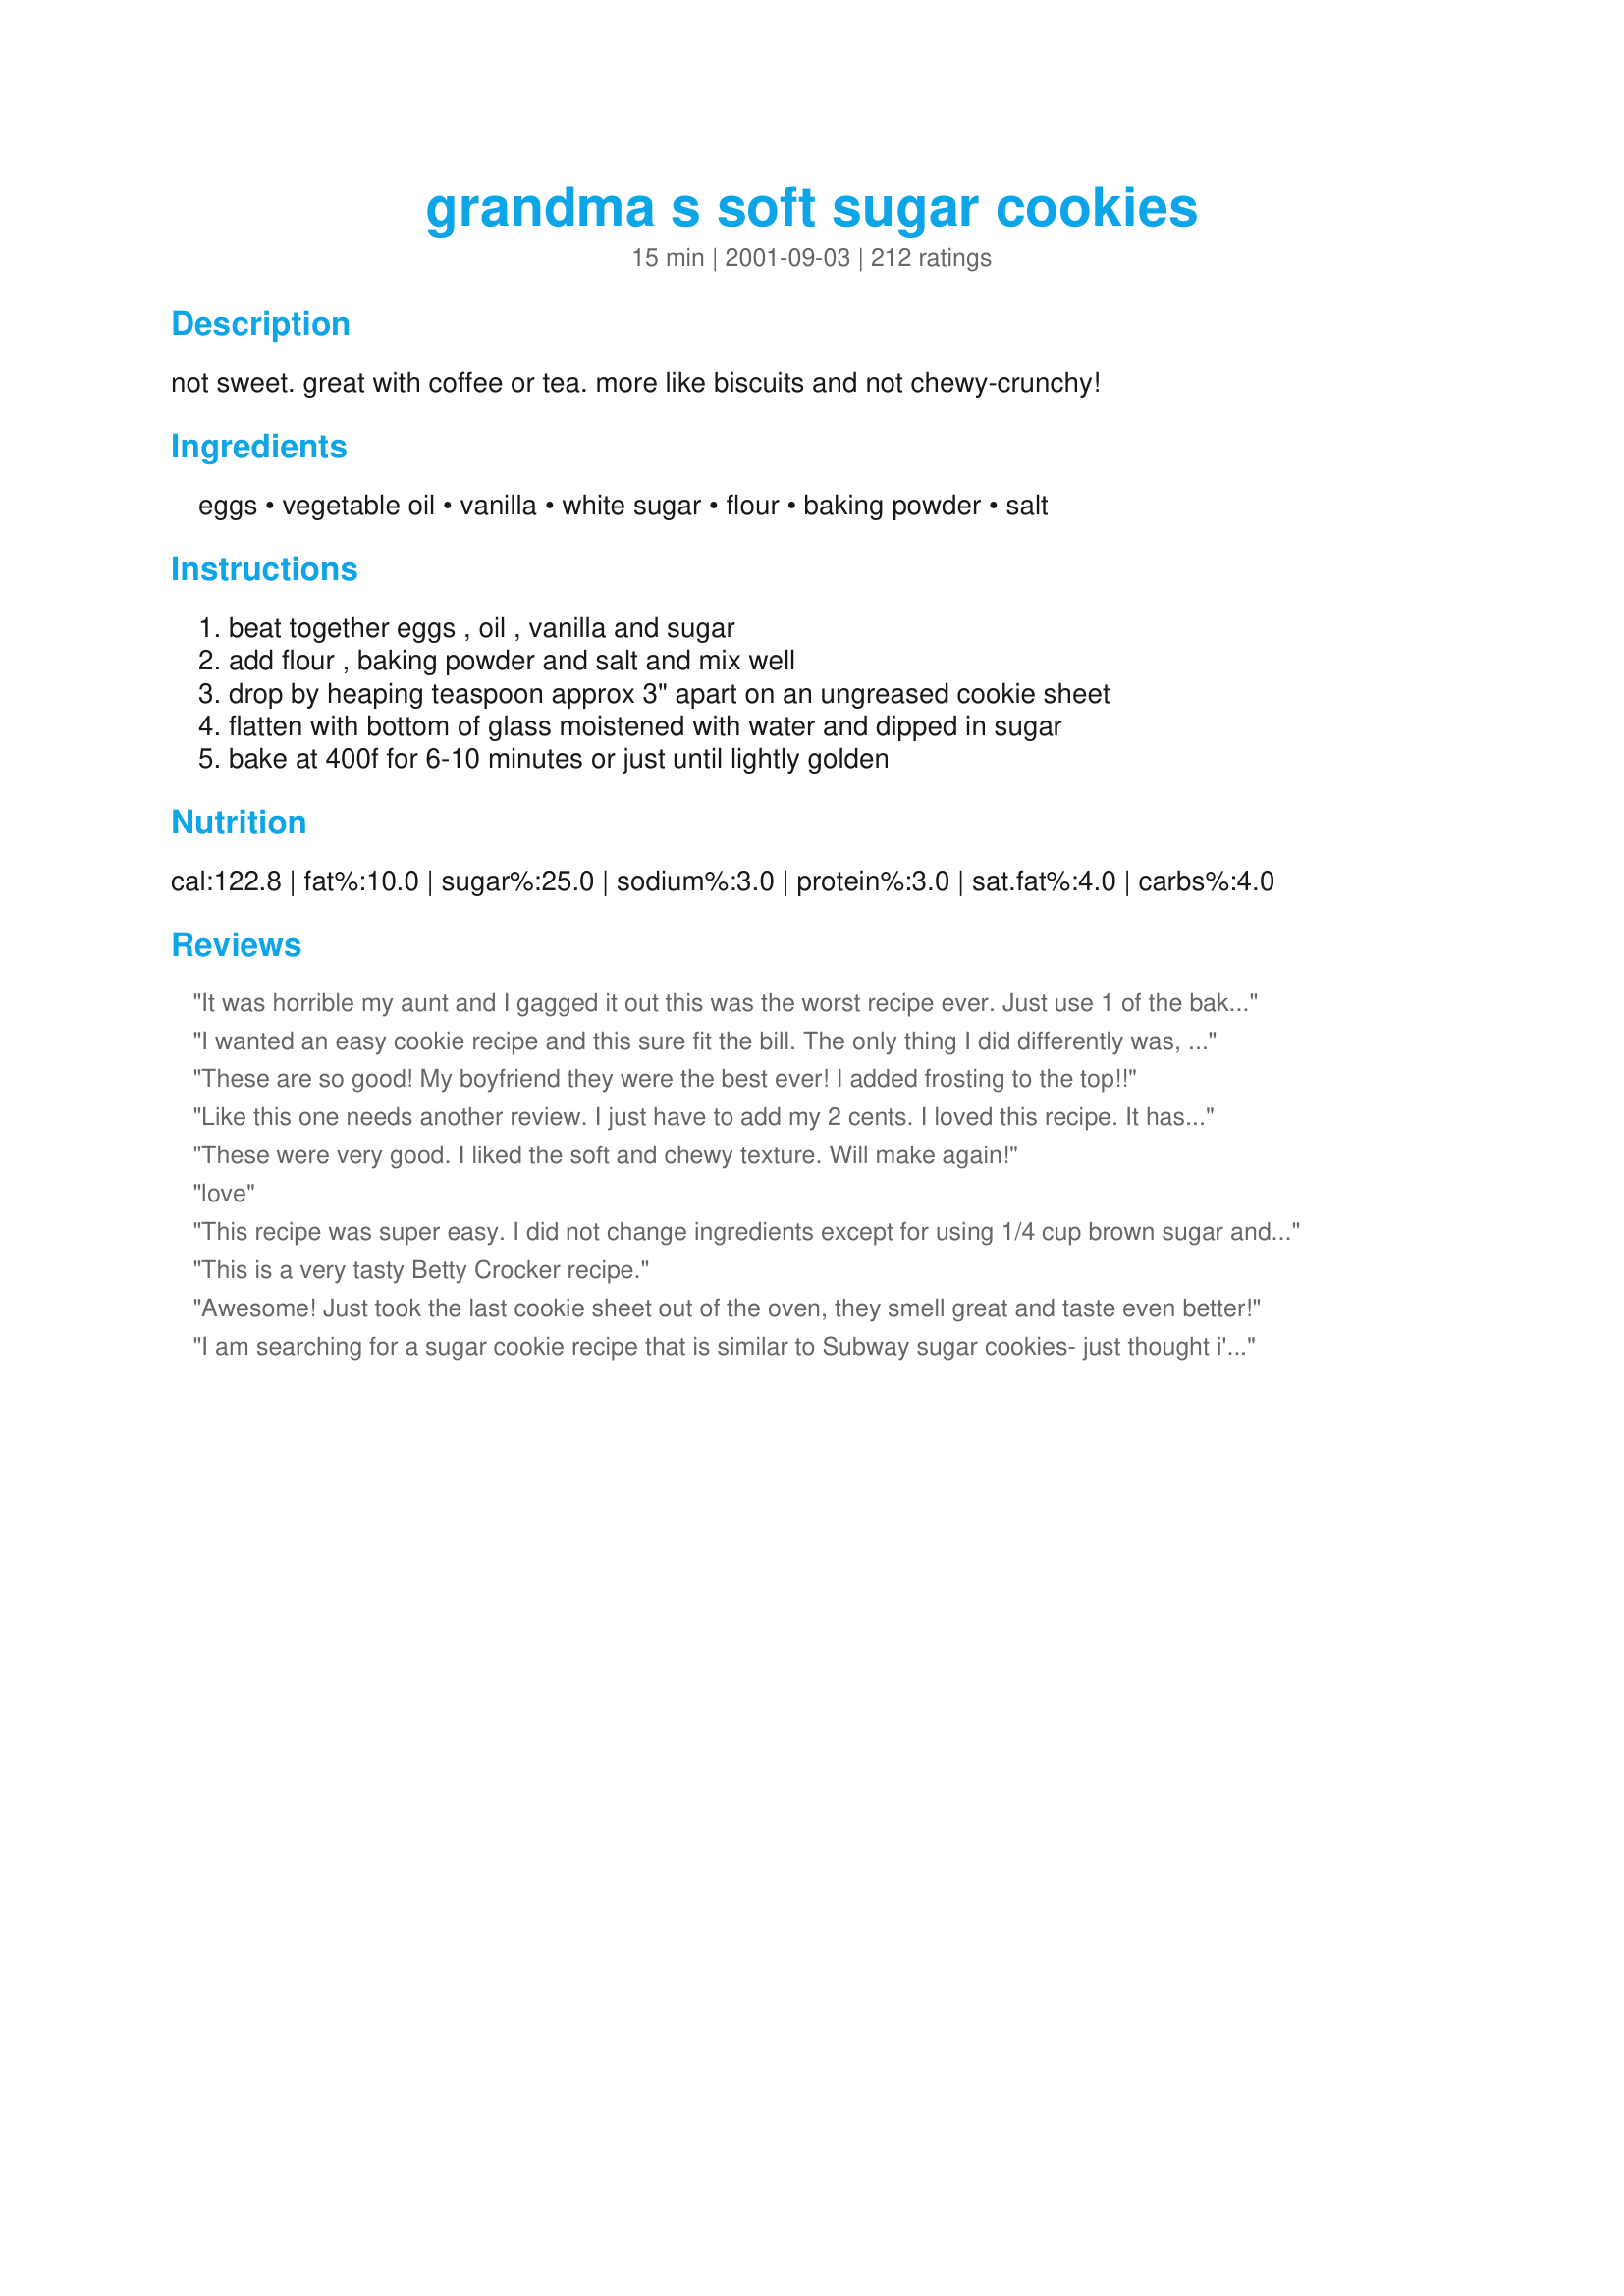
grandma s soft sugar cookies
Preparation time: 15 minutes

not sweet. great with coffee or tea. more like biscuits and not chewy-crunchy!

Ingredients:
eggs, vegetable oil, vanilla, white sugar, flour, baking powder, salt

Steps:
beat together eggs , oil , vanilla and sugar, add flour , baking powder and salt and mix well, drop by heaping teaspoon approx 3" apart on an ungreased cookie sheet, flatten with bottom of glass moistened with water and dipped in sugar, bake at 400f for 6-10 minutes or just until lightly golden

Reviews:
It was horrible my aunt and I gagged it out this was the worst recipe ever. Just use 1 of the baking soda because you could taste it. It was soft but not sweet
I wanted an easy cookie recipe and this sure fit the bill. The only thing I did differently was, that I used a tablespoon of lemon extract and the greatings of 2 lemons. The cookies came out perfect and the taste was spectacular. Thanks for sharing.
These are so good! My boyfriend they were the best ever! I added frosting to the top!!
Like this one needs another review. I just have to add my 2 cents. I loved this recipe. It has an incredible taste and is just perfect for sugar cookies. Will make them over and over again.
These were very good. I liked the soft and chewy texture. Will make again!
love
This recipe was super easy. I did not change ingredients except for using 1/4 cup brown sugar and 1/2 cup white sugar. I do have a specific order that I add ingredients and feel it helps dough blend easier. I whisked eggs with vanilla, then added sugars, whisked, and last the oil and whisked. To that I added one cup of flour, the salt and one teaspoon of baking powder and combined mix with wooden spoon. Next, I added the last of the flour and baking powder and combined. I took rounded teaspoonfuls made a ball and flattened in palm of hand, then dipped one side in white sugar before putting on parchment paper on cookie sheet. Baked six minutes in gas oven. Turned out awesome!
This is a very tasty Betty Crocker recipe.
Awesome! Just took the last cookie sheet out of the oven, they smell great and taste even better!
I am searching for a sugar cookie recipe that is similar to Subway sugar cookies- just thought i'd let everyone know that this is not the one! I don't think it's a recipe for college students... not sweet enough.
This. Was. AMAZING!!!!
Terrible recipe! Usually I like to try new things but this was jsut terrible. The batter was too oily and i had to add milk and some more flour. They also didn't taste very good
Love this recipe! My 12 year old daughter makes them several times a month.
These were good, but i think they would be better without the salt. And maybe some icing sugar in with the flour. I did omit the oil and used butter instead so that might be it. Edited to add that they were so yummy the second day and my picky husband gobbled them up and asked for more.
These were good, exactly what I expected really. Not too sweet. I added some lemon zest and juice for a little flavor and frosted them. They are really soft!
I also used 1 cup of sugar but kept the flour at 2 cups. Instead of oil I used 1/3 cup of butter, and 1/3 cup of shortening. Very good cookies, will definitely make these again!
I love this recipe! I have made it a couple times and it has turned out great each time. I did increase the vanilla to 1 tablespoon and sugar to 1 full cup. I used a 2&quot; ice cream scoop to scoop the dough onto parchment paper for baking so naturally I only got about a dozen cookies out of the recipe. They stay soft which I love, and I invited over my nephew and niece to have a bit of fun icing with buttercream and sprinkles.
I recommend that you just use butter. It works and tastes much much better,
well im 13 years old i love to bake and in cooking i have never had the batter come out so thik so i was a little worried but Oh my they were soo fluffy i couldnt believe it i have never had sugar cookies come out so soft and fluffy VERRY GOOD!! I RECOMEND THIS RECIPE!!! :( :) (:
We love these cookies. I was nervous about them not being sweet enough so I used a whole cup of sugar instead of 3/4. I think they were just right, but I&#039;d probably go back down to 3/4 if I was going to frost them. We used (on top) the colored sugar that you can buy at the store with the cake decorating supplies and my daughters really like that. We made this to go with the &quot;Peach Soda Ice Cream&quot; (Recipe #484740).
Recipe was was was easy to put together. : ) The are definitely more soft and cake-y. If you're looking for fluffy and crumbly, this recipe is not for you.

Anyhoo, the downsides of the recipe is that is needed more sugar and vanilla. If you don't add in more, they're rather bland.

HOWEVER, I spread icing on the bland ones and sprinkled red and green sprinkles on them. Tasted waaay better.
I made this with my niece earlier today and the results came out fantastically. She loved how soft they were and I especially liked how it wasn&#039;t too overwhelmingly sweet yet it had the right sweetness to it. The only thing we didn&#039;t add was the sugar topping. I&#039;m not a fan of sugar toppings so I excluded that. The results were nevertheless, WONDERFUL! I will definitely bookmark this recipe and make them in free time!!! It really is soft and crunchy at the base. These cookies are the ones you would want on your counter so you can just pop em in your mouth and you&#039;re craving some sweets!
These cookies were great! I upped the recipe to 3 dozen and didnt dieviate. These were fluffy and soft. Not chewy like most soft cookies. Also I liked that they werent super sweet. And the sugar on top was enough to keep my kids coming back to steal treats all day long.
Very yummy and easy to make. It did not even last two days.
Just made a batch of these and they are awesome. It's the same recipe that my Grandma uses! We made them with all the kids at our last family get together. They don't last long!
This is by far the worst cookie recipe I ever made. It tastes horrible!
I took Johanna2's tip and increased the vanilla and sugar. The cookies were great considering they were made with oil! Sooooo Easy! Whew! Fixed my cookie craving :-)
No offense, but I'm not sure why anyone would do this recipe more than once. The dough is grossly sticky. So sticky that more ends up on your hands than on the baking sheet. It was like glue to even get it off my hands. Don't use this recipe if you have any intention of making design cookies with cookie cutters. I haven't tried them yet for taste, but judging on how gross the dough was I can't imagine this will be a favorite of mine.
To be honest these cookies were bad I added a bit more sugar and vanilla. I new it was going to come out bad because I followed the exact steps and the dough was sticky and was sticking to my hands so I added a bit more flour. When I took them out they were not soft at all, and were flavorless, even tho I added more sugar and vanilla. Sorry to stay I was looking for the perfect recepe but this one was a thumbs down for me!!
Very easy and yummy! Kids loved them.
Me and my nieces really enjoyed these. They weren't too sweet.. just right! Soft and yummy. Although they are best to be eaten within 2 hours, because they get hard quickly and aren't as good. I also didn't get to put vanilla in mine as I was out due to the holidays.
I think 'sugar cookie' is missleading and I mean it in a good way. Not everything has to be sickeningly sweet and cavity-inducing... it's a nice crunchy cookie with a slightly salty taste. If you like salted caramel, for example, this cookie is for you. Especially if you want to put on royal icing without coming dangerously close to cavity inducing again. I have a hard time with regular sugar cookies that have been iced, they're just too sweet. You won't have that problem with these. No, the dough will not make nice cut-out cookies (please read the description and don't give bad reviews on something you changed about it...), but with a tiny bit of effort they can be nice and round. Or, if you are lactose intolerant like me and really just want a cookie RIGHT NOW just plop them on an squish ?? they taste good even with frayed edges. The dough won't stick to your hands, if you don't use your hands (read. Again, just... read. Would you please?) and they won't stick to the bottom of the glass if you dip it in water before every cookie. I will make this recipe again, might try out different flavors or add some almond pieces. I highly recommend this recipe. Try it exactly as described the first time and experiment from there, it's very versatile!
These were great and so easy to make! I didn't have vanilla so I just left it out- i forgot to add the salt too (prob for the best). They were so perfect! i love sweet things with coffee after dinner and this was a perfect pairing. Thanks Cheryl!
Excellent recipe! I added 1/4 tsp nutmeg and wow, they were delicious! Easy, economical, and darn tasty! Perfect with tea.
Dough was super sticky, my 7yr old son couldn't really manage to get them on to the pan right. They were okay, possibly better frosted. They seem very dry to me, somewhat bland.
this recipe was awesome my family loved them and my grandmother asked for the recipe!! they are great!!!!
The BEST sugar cookie recipe!
I was looking for a simple quick cookie recipe and this is it. I didn&#039;t change the recipe up at all. Thanks
These are fantastic. Soft and not too sweet. The whole family will enjoy these. I added some lemon extract in one batch and vanilla in the other. Both taste great.
We loved them. Thanks!!
YUM!! YUM!! YUM!! These were perfect!! I also followed Johanna2 advice and used 1 cup of sugar and 1 TB vanilla! They were wonderful! My kids and husband gobbled them all up the same night!! 
Thanks for recipe!!
I never knew weirdness was a flavor, but now I do!
These are great! I increased sugar to 1 cup and rolled in balls then in sugar and cinnamon. VERY SOFT! I cooked at 375 degress for 8-9 minutes.
The cookies turned out yummy, but they were a bit flat and ugly. My family loves them though!
I decided to do half butter and half oil. I also went for the full cup of sugar, and added another teaspoon of vanilla. They turned out great. I noticed I need to let the cookie sheet cool down before cooking second batch. Made two whole baking sheets full. My child is thrilled.
Delicious! Just made these tonight and I will definitely be making them again. The batter was slightly elastic which surprised me a bit but they turned out great! I was kind of nervous putting them on the tray because I&#039;ve never had cookie batter look like that before (I&#039;ve never used oil as a base for cookies either). Easiest cookies I&#039;ve ever made and pressing them with the glass turned out really well. &lt;br/&gt;I did substitute 2 tsp lemon juice for the vanilla called for (I live overseas and can only find the artificial vanilla flavoring, which I hate) and added a bit of cinnamon to the mix, and it was delicious. Personally loved the taste of the lemon in the cookie but would like to try with the vanilla when I get back to the States. My boyfriend doesn&#039;t really care for cakes and cookies and he loved these as well. They&#039;re not overly sweet, which I really liked about them. Great with tea or as a base for a frosting. Came out exactly as described, thick, soft, and fluffy. Couldn&#039;t believe it as I have an unfortunate tendency to overcook baked goods- my cookies are always hard but these stayed so soft. Will definitely be making these more regularly as they are so easy and tasty. &lt;br/&gt;My batch made 18 3-4&quot; round cookies.
This is a great cookie if you are looking for a quick and easy recipe. The dough is a little sticky - but that is because of the oil and that is what makes it such a soft cookie. It did taste kind of like flour - but it was definitely easy and tasty.
This was a good soft/tender cookie & not too sweet...I used 1/4 cup butter & the rest oil to make the 2/3 called for.I found the batter to be too soft to use....almost like a cake batter.I put the batter in the fridge wondering if it would stiffen up-it did not.I had to add 1/4 more flour to get it so it would come out of the cookie scoop in a soft blob.I can only imagine what they would have come out like if I had used the full oil amount-it would have needed a lot more flour.This is the reason for the minus of a star.<br/> The second lose of a star was due to flavor-or the lack there of.I found if to be a bit bland but not enough to keep me from making them again.I might try them with butter crisco,maybe a bit more salt & changing up the flavorings used in them.I like the fact that they aren't too sweet as I can't stand them sickeningly sweet once the frosting is put on.A keeper for me that I will make again to suit my tastes
Amazing! I literally just made the dough and baked these in 15 minutes! and they taste great!<br/>not to sweet for being sugar cookies, so thats a huge plus! and they obviously werent buttery because i used olive oil!<br/>would def recommend this recipe!
These are the best sugar cookies i have ever eaten. I did add a bit more sugar until i found the batter sweet to my liking. One of my favorite cookies and my boyfriend ate ten at a time...
Wow! Its yummy! *i add few adjustment* quick and easy!
This was a great recipe. I added cinnamon and used a whole cup of sugar in the batter and also sprinkled a cinnamon sugar mixture on top before baking and they came out tasting just like snickerdoodles. My husband went crazy for them and ate almost a whole batch by himself! Oh and I like my cookies very soft and moist so I only baked them for 7 minutes, not a minute longer, and they were perfect.
I must have been asleep the day I was making these. I wrote down the instructions as written, and then forgot to include the eggs! I also didn't have the vegetable oil, and so substituted butter flavoured shortening. As the dough was, of course, too dry, the confused `me' added 1/2 cup of milk, and then proceded. The results were probably a chewier cookie, but the slightly sweet taste was still excellent.
very easy and great thanks alot.
This is a super easy, very tasty sugar cookie with (IMHO) just the right texture for a frosted sugar cookie! I made these with about 4 tsp of vanilla and like the amount of sweetness the 3/4 cup of sugar gives the cookie, especially with frosting. I will say that I was surprised that the cookie dough was much more of a batter consistancy and there was no way I could have flattened them with a glass, though it wasn't needed. The cookies spread when put on the cookie sheet and did not spread while baking. I will definitely keep this recipe for our next batch of sugar cookies!
These cookies were awful, I tried making them twice and both times they turned out terrible. At first I thought it was me, so i tried again, but after the second try I gave up. The cookies have a great texture but an awful taste.
I was very worried how these would turn out after making the dough but they were wonderful. Soft and yummy! thanks for sharing!
 These turned out very nice.!!!
 I added i cup of sugar and more vanilla like Johanna2 suggested. I rolled them into balls and pressed them down for a more finished look.
 I also added aprox. 1/2 tsp of peppermint extract and green food coloring (to wet mixture) and sprinkles, and whala! Christmas cookies!!! Very festive looking.
These are great AND so easy. 

I also increased sugar to 1 cup and vanilla to 1 TBSP. 

In my oven 8 minutes was perfect.
These were wonderful sugar cookies. Soooo soft and also very nicely flavored. Thanks for posting.
Nice and soft, I used my hand to roll them laid them next time I&#039;ll roll them out so we can have a little bit more to ear ?. I only added a little bit more vanilla and olive oil to make the dough more sticky.
Decent enough, for a sugar cookie recipe that doesn&#039;t call for butter or shortening. Definitely increase the vanilla and sugar. It turned out quite cakey, probably from all of the baking soda- which helped stop the spread from all of the oil. It&#039;s a good recipe for something sweet, quickly and with limited ingredients.
I made these cookies 2 nights in a row. The first night I followed the exact recipe I enjoyed it a lot, I just thought I could do something to make it go bam. So I seen a comment that say 1 cup of sugar and 1 tablespoon of vanilla, so I did that, and instead of vegetables oil I tried cocanut oil, and booooom It was so amazing ???? Love it
these cookies r great! not too sweet, the sugar on top is just right. and they were nice and soft the next day. definitely a keeper :)
Twice I've made these. I can't figure out what happened with the negative reviews. Perhaps they were expecting a different batter texture? I assumed since these were made with oil and were dropped in the pan instead of cut and shaped that the dough wasnt going to be very thick. And I was right. I even got nervous and was prepared to add extra flour if my first batch ended up running too much. But it was fine. Perfectly fine. I didn't tweak anything. I did cut the recipe in half the second time around. Still came out fine. I throw brown sugar on top before I bake them. I make them extra sweet. Oh. Guess I did tweak them. I added extra sugar. But you don't need to if you plan on frosting them.
These cookies sounded too easy to be true! I always buy sugar cookie dough at the store because i dont want to have to roll out dough but never again..these were easy, delicous, and stayed very moist. I cooked them 10 mins, other than that i followed the recipe exactly.
I must admit these have excellent flavor. But I didn't make exactly as directed. I followed other's advice and used half oil, half butter; then I doubled the vanilla. It was a stickier dough than I was hoping for.
Oh my gosh! These are great! I even screwed up and left out the salt and baking powder, but realized after the first batch was done, so added them to the rest of the dough, and they still turned out great! This is definitely a keeper.
i used powdered egg substitute (i just can't bring myself to use a real egg after finding one with an embryo in it). the dough was a little crumbly, and so were the cookies, but they were verrrry delicious. i think if i try this recipe again, i will add a little liquid.
I just made these cookies and they're sooo yummy!!! They're so soft and spongy. I didn't have vanilla extract so I used almond instead and it came out great! I also added two tablespoons of orange juice which gave them a nice zest. The only thing is, next time I'll grease the pan a little since I had a bit of trouble taking the cookies out without them breaking.
These were delicious. I doubled the batch but added extra sugar and vanilla and they turned out great. Thanks for wonderful recipe!
I am not understanding what happened. I only tried this because my husband put the softened butter back in the fridge. This was like cake batter but less fluid. I measured everything correctly. There is no way I can smash them with a sugared glass because the batter would stick.
These cookies were GREAT!! mixed up so easy and fast .I put sprinkles on top and didnt flatten them out!!AWESOME!!!
cookie icing
I followed the recipe to a tee and I know the recipe says, &quot;not sweet&quot; ,but they weren&#039;t kidding! The first batch was awful and all I could taste was salt! I tried to fix it by adding a 1/3 cup of extra sugar and a couple more drops of vanilla and it made them a lot better-still not the yummiest sugar cookie ever I have to admit:(
After u try this i guess IT will be good . also my sis made a lot of homemade cupcakes and cakes!!!!! There really great i substituted the butter witdch oil! And i changed the sugar amount to 1CUP and the vanilla to 1TB!! But it still turned out great!!!!!!! (:(:(:(:(:(:(:(:(:(:(:(:(:(:(:(:(: And it was the easiest cookie recipe i ever !! My family loved them!! And some friends raved about how soft they were and asked for the recipe!! They also turned out very ?? great!. I added 1 cup of sugar and more vanilla like Jhoanna2 suggested. I rolled them into balls and pressed the down for a more finished look!
I love a soft cookie! These are soft without being too cake like, a huge plus when you want to be able to stack the cookies. I really like that they aren't sicky sweet like a lot of sugar cookies. A+ cookie!
Gave this recipe to Mom to try. She said they're the closest thing to her mother's oldfashioned "tea cakes" that she's had in 50 years. Thanks for providing a super easy recipe.
I was disappointed after reading all the reviews. This is an easy and good suagr cookie recipe. However, I find that the baking powder taste too overwhelming. I will keep looking for the perfect sugar cookie.
Great sugar cookies, soooo easy you can whip them up with the kids quickly. I read the reviews and added more sugar and flattened with a glass dipped in sugar. Double the recipe = they go quickly!
I used your recipe for the "crust" of our fruit pizza. It was perfect. I will use this from now on. DD wants to make the cookies for her play cast party. We loved the texture of this reicpe. Thank you for sharing.
These were really easy to make. the dough was easy to work with. I rolled them in colored sugar before baking. But the cookies themselves were bland and I don&#039;t think I would make them again.
Easy to make the batter, took about 3 minutes. I used 1/2 butter and 1/2 oil in mine. Turned out really well, and just sweet enough for me and my family. I divided the batter into thirds and added a different food coloring to each one, which made them fun for my little one. Will make this again.
These were ok. I made them exactly as written and I did like the soft texture and the not-too-sweetness of these cookies. However, I agree with another reviewer who said they had a bit of a funny after taste. I might try butter instead of oil next time or add a bit more sugar.
I was a little worried at first because what I had in my mixing bowl looked more like cookie batter than cookie dough. Knowing I'd measured correctly, I decided to put some in the oven and just see what happened. The cookies came out beautifully and were delicious. I sprinkled the tops with a little bit of large granulated sugar before baking so it gave a little bit of nice crunch to the soft, moist cookie. They were popular at my lady's meeting tonight.
Awesome cookies! They were super easy to make. I got up this morning and made them for a church luncheon. My 4-year-old helped me flatten them with the sugar-dipped glass bottom. We used some left over pink sugar crystals that we had from her birthday cake and we also made some with plain sugar. I did use 1 cup of sugar and 1 TBS of vanilla as suggested in other ratings. Great recipe. We will be making these again, very soon.
these cookies were great definite tea and coffee cookies. they didn't turn out oily and took the full 10 mins to cook for me. I'd consider this a kid safe recipe because my nieces and nephews will get just enough sugar. My girlfriend says it tastes like chocolate chip cookie dough without the chocolate chips
Very good, though they turned out more biscuit like than I expected. Try putting in a couple cookies for testing before you cook them all, since in my oven at only five minutes, the bottoms were burnt.
These cookies were so good and easy to make! My boss's daughter had to do a presentation about "sugar" for her elementery school class and she made these to hand out during her report. She said they taste very good!!!
These cookies would have turned out great, but 2teaspoons baking powder was WAY too much I was gagging all night long because of these cookies. The chocolate syrup and whipped cream didn't even cover up the taste. And I still feel the burning feeling in my throught. Yuck.
~Pattie
GREAT AND EASY
Great recipe! The cookies came out just right. I think I've made about 4 dozen in the past couple weeks. I think the neighborhood kids ate more than my kids. Great with hot chocolate too.
These came out delicious! I will continue to use it.
Perfect! I also increased the sugar to 1 cup and the vanilla to 1 tablespoon.
Some I topped with lemon buttercream frosting and some I left plain.
Wonderful recipe. I used Johanna's tip and Wow. These cookies turned out great.
It’s came out absolutely great! This is the first time I made a sugar cookie and it came out. The texture was soft and delicious. I made it for my boyfriend and he asked me if I made it because it was so good. I never thought you could make cookies without milk and butter!! Thanks Genius kitchen, you are truly amazing.
The cookies came out cake-like. Not what I expected from a sugar cookie.
This was a terrible recipe. The dough was oily, the cookies were crumbly and they were far too sweet. I don't understand why...all the other reviews are so good :(
Increased sugar to 1 cup, increased vanilla to 1 TBS. As soon as you can smell the cookie scent waft from your oven, pull them out. Do not wait for them to become "golden." Great right out of the oven and keeps the soft texture for up to two days. Pretty good, however, I'll keep looking for a "moist" sugar cookie.
delicious
Love this recipe. I use coconut oil in place of regular oil, don't measure out the salt just do a couple of turns of my pink sea salt grinder, and then refrigerate for a little bit to get the dough firm. Once it is firm, I then can roll and use cutouts. After baking, i decorate the cookies with a powdered sugar frosting. They are fabulous and have them requested for almost all events I go to.
These were delicious and so easy to make! I skipped the smushing with extra sugar and they came out puffy and soft. I really like how they're not very sweet. <br/><br/>I also added 1/2 tsp cinnamon to half the dough and those came out great as well!
Very happy with this one. Not sure why they TASTE SO GOOD! I did use half butter and half oil just because I love butter. I used almost 1 cup of sugar because it is the larger grain, organic sugar. Typically, the less sweet sugar cookies are that way because they are made to be iced, making them sweeter. I had some plain and some iced. I think the 3/4 cup would be plenty good without icing.
The cookies tasted good. Its hard to believe they don&#039;t have any butter in them. They are soft &amp; cakey. Would make this recipe again. They are not overly sweet either. I made the recipe as is.
I've never made cookies before and didn't have vegetable oil so I substituted pure olive oil, the cookies still came out great, but I think using the wrong oil dried them out a little bit. Still very good and easy to make, will make them again!
These were really easy to make and you don't have to go through the mess of rolling them out. My husband loves them and wants me to make them all the time now!
I did follow the steps and didn&#039;t add anything. It was awful, it tasted like nothing and like something was off at the same time.
Then again I can and do burn brownies from the box...
Great easy recipe that I will definately use a lot. They are soft and taste great too! 5 BIG STARS!
This wasn't as good as I thought it would be. The tasted very oily.
Good cookies. I made a sheet and cut them up while still warm .. thanks
Simply put not the best sugar cookie I've ever had. "Not sweet" seems to mean to me that it needs more sugar. With 1 cup sugar and 1 tsp almond extract these were edible. These were MUCH better http://allrecipes.com/recipe/chewy-sugar-cookies/?scale=15&ismetric=0
If your going to use coconut oil =To substitute for vegetable oil, use the amount of oil called for in the recipe, melt the coconut oil and be sure that the other ingredients (eggs, liquids, etc.) are at room temperature or at least warm enough so that they do not cool the coconut oil enough to make it solidify
Soo good! I was looking for a cookie recipe with the limited ingredients I had to bake with. This was such a winner. I added the 1 c of sugar that was suggested. I also threw in 1 Tbsp. orange zest and juiced 1 orange. Made the cookies taste like little orange cakes. : ) <br/><br/>Thanks for the recipe!
I liked how soft these turned out, but they were a little drier than i was expecting. Instead of 2 tsp of vanilla, I added 1 tsp vanilla, and 1 tsp of almond extract - great flavor!
Very good cookies. Thank you.
Nice final baked texture, light and tasty. Not a recipe for cutting cookies, maybe if you put the dough in the refrigerator but it is pretty gooey without. Thanks for the glass, water and sugar treatment. Quick put together, love that.
These are nice and soft. I found that adding a little more flour makes them a little more manageable.
These were awful. I can&#039;t believe they got 5 stars. I put frosting on top to make them edible
These are literally the worst sugar cookies I&#039;ve ever tasted. First, they don&#039;t even bake on the pan right and end up boiling into the cookie sheet. I couldn&#039;t have a full cookie because it&#039;s just a flat sheet of &#039;cookie&#039;. Also, they taste nasty. The batter tastes great, but once baked all that&#039;s left behind is the salt. It tastes like shrimp. Don&#039;t make these.
Oh my goodness these cookies are skool amazing!! I literally signed up just so I could comment because I am so imoressed. My husban d loves when I make sugar cookies but these really are out of this world!!!
A hit as written for the whole family.
These are perfect without any modifications. We used slightly less vanilla extract, and didn't press them down.
Not That Great But Still Good.
These were perfect! I made them with my 7 y/o. This is a perfect recipe for young bakers. The batch size is nice because many times I just want to make cookies in the evening for my family. However, it can be easily doubled. I increased the sugar to 1 cup (wanted them to be sweet) as suggested. I used my Pampered Chef scoop and the recipe yielded 29 cookies. I did not find it necessary to flatten the dough at all. I keep an oven thermometer in my oven all the time, as I bake a lot; my batches were perfect at 7 minutes.
Worst recipe I have ever found online. The dough was like soup and I even tried adding more sugar but it didn&#039;t really help. For most people who were able to make this recipe a success they had to add more which defeats the purpose of following a simple recipe. Now off to try and find a new recipe
Bangin
I LOVE these cookies!!! Usually i dread making cookies,but these were easy and came out great! I didnt have vanilla so I used honey instead, which is frowned upon,i know...but this time it was ok,since one of the previous comments said to up the sugar,which I wanted to do,because i like sweet cookies...in the end I made a few as is(with the honey sub) and then I added,mixed spice, a bit of ginger and some cinnamon to the remaining dough,can anyone say YUM...thank you so much for this easy recipe!
I also used 1 cup sugar & about 2 1/3 cup flour. The batter seemed' greasy' but they baked up beautifully. Perfectly shaped and geat texture. The only reason I did not give 5 stars was because I could taste the oil. I am a butter person so next time I will try to substitute butter. Dh is the Sugar cookie lover and he thought they were great. I will make again. Just a matter of personal 'taste'. Thanks for the recipe.
My aunt and I made this for everybody in her house to soft, but tasted good. When we tried it, our eyes popped out of our heaad!
Kids love them, made normal with color sugar on them then altered the recipe adjusting the sugar to one cup and adding 2 tablespoons of cocoa powder to get chocolate sugar cookies
These cookies turned out really good. I used 1/3 oil , 1 TBS vanilla, 1cup sugar and added 1/3 soft butter. I topped with strawberry frosting. SO GOOD!
A nice tasting cookie with just the right amount of sweetness, but you really have to watch that they don't brown too quickly on their bottoms!!
Delicious cookies, but not the best ive ever tasted
I've made this twice already. They're wonderful cookies. They have a great "dunkability" factor too, which I love in cookies:) I ran out of white sugar and had to use demarara sugar, it worked perfectly. I love how easy this cookie is to make. Dump everything in a bowl and mix - as opposed to creaming butter etc etc. This will go into my permanent file.
Best sugar cookies ever...I did tweak the recipe however. I preheated to 350. Used 3 tsp almond extract. I also used a little over a cup of sugar. Baked 8 at a time for ten minutes topped with sprinkles. So soft n chewy. Will be doing again! For those that got crunchy cookies lower the temp to 350. Oven was too hot. ??
I've made these cookies 3 times since Saturday. The kids love them. They are great with coffee and tea. They are so quick and easy. Thanks!!
This recipe will remind you how good sugar cookies can be. My family, including all three picky kids, loved these cookies! Took other reviewers tips and used 1 cup of sugar and 1T vanilla. Loved that the recipe uses oil rather than butter. Cookies stayed soft and stored really well. Thanks for sharing the recipe!
These cookies were great! We substituted softened butter for the oil, but the cookies were still unquestionably delicious!
Yuck, I didnt like these at all I was kinda curiouse because their was no butter, they were not very good "sorry"
These are really good cookies. Its nice that they aren't too sweet because then you aren't overpowered by the frosting and the cookie together.
I am going to give it a 3. Following the recipe, exactly, the dough was like pudding. I added another cup of flour and was then able to scoop and put them on the cookie sheet and baked them as directed, I did not put sugar on top as there is enough sugar in the dough. I like the taste, not too sweet and nicely chewy. Next time I make them I will use almond instead of vanilla and finely crushed nuts.
This was a very easy recipe...yet a little to "cakey" for me. I can't really comment on the actual taste of the cookie because I added peppermint chips to the dough. I'll keep searching for the perfect sugar cookie recipe.
These were very easy to make and tasted good. I loved not having to mess with measuring shortening. I admit that when I look at the dough I thought "No way", but they turned out just fine. They were soft in that they were not crispy, but they were drier than I thought they would be. When all is said and done they are a nice light cookie that make up very quick.
This was the easiest sugar cookie recipe I've ever made. My family loved them, and some friends raved about how soft they were and asked for the recipe.
Definitely not too sweet cookie, but very addictive! It would be great with a simple frosting.
These are great! I changed the sugar amount to 1 cup and the vanilla amount to 1 TB. They came out perfect. I'll be making these a lot.
I replaced the sugar with 1 and a half cups of powdered sugar becaise i ran out of sugar. They tasted great. If your cookies haven't been tasting all that great maybe lower the salt and raise the amount of sugar you put in to a cup or something
Very good, the perfect amount of sweetness! I dont like them too sweet and these were amazingly good!!
Just finished baking this for my Holiday tray and frosted with recipe#64015 and they turned out great. Wish I'd had some colorful food dye or at least sprinkles but had to stick with white. But they are soft, and taste great without being too sweet. Everyone loves them.
Definitely a 5 star recipe...I also increased the sugar to 1 cup and the vanilla to 1 TBS. I really feel guilty that this is my second year to make them and I'm just now getting around to rating the recipe! Such a simple recipe for someone like me who is not a baker and to have such great results...Thanks so much!!!
These were great. They weren't too sweet at all, just right. Although i did contemplate replacing some of the flour with cocoa to make chocolate cookies i didn't. Which i'm glad for because these were great as is. I don't know what everyone that said they had a weird after taste means, mine didn't. These are a keeper.
Awfully I followed this recipe and it looked very promising. I followed this recipe to the exact grain. but the THE cookies were so salty! They had no flavor! Nothing! The batter was super oily when I was making it! I will not use or recommend this to anyone!
If I could give this more stars I would. I have been looking for a sugar cookie that would be like the ones I had in amish country and these are it! So simple and tasty thank you for sharing this recipe.
I started to freak out reading all the comments, because people were modifying so much, and random comments said the baking powder taste was horrible, and some said the cookies were oily! In the end I gave up and decided to make it just like the recipe said. I did mix in a little cinnamon with the sugar that I used to flatten out the cookies. And they were GREAT! I have no idea what every is talking about, but they tasted good right out of the oven, and a day later. ...I would tell you if they were good two days after I made them but none of them lasted that long.
I really wanted to love these cookies... They were good but they weren&#039;t quite what I was looking for. I&#039;m looking for something that bakes up a bit crispier, I think. This recipe does yield a soft cookie, that my kids enjoyed. The flavor was good. Could have been a tad bit sweeter. If I remake, maybe I&#039;ll add 1 cup of sugar as suggested in the comments.
I followed some of the advice and increased the sugar to one cup, and the vanilla to 1 tbsp. Also, I put sprinkles on top before I put them in the oven instead of pressing them down with a sugar coated glass. Very good! They have been a hit with everyone who has tried them.
Delicious! I have the second batch in the oven right now, and my house smells wonderful. This is the easiest cookie recipe I've ever used. Thanks for a great-tasting cookie!
DO NOT! Make these cookies. They are not sweet and taste like vegetable junk. Waste of money and ingredients!!
SOOO GOOD! These are my new favorites. Made recipe exactly as written and ended up with 32 great cookies. Couldn't press down the cookies with a cup--even when I moistened the cup the dough stuck to it. I ended up just pressing them down with my fingers. These freeze really well too!
I baked half of the batter without adding ingredients, it tastes okay. The cookies come out the same shape you put them in, so round them into balls and flatten to make prettier cookies. Also, add more sugar or vanilla to sweeten the taste. If you don't change the ingredients, they have a light taste. Use less oil and use butter for a less oily taste as well. Good luck to all! :) quick recipe for late night snack!
I made my cookies and they came out hard and I did what the instructions said and they stuck to the pan so bad they went into crumbs.
Bit too salty.
These are the best tasting sugar cookies I've ever eaten. They're wonderful...just melt in your mouth. And believe me, plenty of them have melted in mine! LOL. I also increased the sugar to 1 cup, the vanilla to 1 Tbls. Next time I'll bake them on parchment since they did stick slightly. Thanks for a keeper, Cheryl E!!!!
They came out great. I made them for my boyfriend and daughter and they loved it. To me it had a little off taste idk why. I read the reviews and added a cup of sugar and added 1 tbs of vanilla. Next time I'll add some sugar to the top of them. We did eat them with some chocolate frosting, and that made them even better.
What a simple recipe (I halved it), and you're right - not really very sweet. A perfect treat for my little grandson.
These are the most disgusting &quot;cookies&quot; ever!!! Made a nice buttercream to go on top and not even the flavor of that cut the nasty cookie taste. Noticing all the positive reviews everyone changed the recipe in some way. Might as well just create a whole new one.
Just made these since I was totally out of milk and butter. Increased the sugar and vanilla extract a bit. Since the recipe suggests crunchy at 400 and I wanted soft, I just dropped the temp to 350, and baked for 8-9 min. It didn't stick to the cookie sheet on the first try, but I added parchment paper on the following anyways just to make clean up easier. Not the best cookies I've ever had, but it absolutely serves its purpose. I like the fact that it's not overly sweet and my 3yo loved it. Super quick, mess free, foolproof.
They were very good, mine seemed more the consistency of the cake than a cookie, I think that might be because I subbed softened butter for oil and put in too much baking powder. The dough was soooooooo good raw, I never eat raw cookie dough because of the raw eggs in it, but I couldn't help myself, it was mmmmm. The cookies though I saw the recipe said they weren't sweet, were even less sweet than I thought they would be. I liked them without icing, but I'm sure they would be good with some cake icing on top as well.
I thought these where really really good. I did add one tsp of vanilla, and I used 1/2 cup of butter instead of veg oil (personal preference). My sister was making them and wanted them to be hearts, so I rolled them into a snake like shape, then formed into hearts. Since I didn't have the stuff for frosting, I sprinkled them with sugar instead before baking. I lowered the temp to 350 and baked them for 10 mins. They turned out great!
These cookies are excellent! I added 1/4 cup of brown sugar for a little extra flavor and they turned out delicious! Thanks for the great recipe!!!
Did not enjoy. Good texture, flavor was off. Prob. would&#039;ve been better with icing or made with butter.
I don&#039;t know what kind of baking skill these other negative reviewers have, but this was an extremely easy recipe and they came out wonderful! Not every cookie needs to be super sweet like a box of Chips Ahoy. I&#039;m sure you can modify the recipe to your liking as most seem to be doing, but why mess with a perfect cookie?? I was just looking for a sugar cookie recipe without butter and this one was top of the list and perfect!
these cookies in my opinion are not the best i have ever had . :( i am very sorry ... they were okay but not my favorite
I&#039;m glad everyone else had rave reviews but when I tried to make them today for Christmas, they turned out terrible. &lt;br/&gt;&lt;br/&gt;I double checked my recipe and, I didn&#039;t leave anything out.
loved these cookies they stayed fresh all week! i think i will be making these again very soon!!!
These are pretty good cookies! I was looking for something easy to do w/my 2 year old this morning but didn't have any butter so these fit the bill. We decorated them with mini m&m's, silver balls and chocolate chips before baking. I upped the sugar to 1C and the vanilla 1 T as stated in other reviews. I'll make these again!
perfect!! cookie with a cake type feel. I added a dash of almond flavor. Will be making these again!
This was the easiest recipe I&#039;ve ever seen! My kids are all very picky eaters and they couldn&#039;t keep their hands off the batter or cookies! This is a very soft and delicious cookie and it&#039;s so easy to make, we are going to let the grandkids make them this weekend!
My 9 year old granddaughter made these under my supervision. The dough was extremely oily and had to be rolled by hand rather than dropped. There was so much oil that we threw out some of the dough. They tasted ok but we're very bland. We made the recipe with no variations at all. We will not make this recipe again. We were so disappointed that we decided to make a different recipe since we were still hungry for a good cookie.
Super delicious cookies! I used brown sugar instead of white one and added a tiny bity of cinammon and one tablespoon of chopped almonds. These were perect! Thank you for your post.
The cookies are not really sweet to call them sugar cookies but if u add more sugar or put a small amount of sugar on top before baking then they are much better. And they do not expand at all. If u cook for 8min they will burn but lower temp to 350 and cooking for 8min they are perfect. Soft and chewy with a golden bottom
Tastes really good with my tweaks. The recipe wouldn't taste well without the added sugar. I prefer the cocoa powder/peppermint cookies over the regular sugar cookie recipe.
I absolutely LOVED this recipe! I like my sugar cookies sweet, as does my family, so I decided on 1 cup of sugar rather than 3/4. I also wanted to experiment with the flavors, so I decided to use almond extract instead of vanilla, and they turned out delicious! Wonderful recipe!
These were very good cookies! They were allitle more like cake, as ChristaMC said, but I loved them! I 1/2ed the recipe and it still worked. I agree with Cheryl E that they would be great with tea!
Very good and very easy to make. I didn't flatten them, but did put some red sprinkles on them before baking for 8 minutes on my silicone sheets. They are not sweet, just as written, and I'll probably add a little more sugar next time.
My husbands favorite cookie is a sugar cookie and ive always bought them from the store because i could never get them soft enough, but even the stores were too hard or got hard too fast. I made these yesterday and I cant tell you if they are still soft because my huband ate all but two, one for me, and one for my son. One thing I did was take them out 2 minutes earlier and set them on top of the oven to cool slowly. thankyou so much for ending my soft sugar cookie search
I'm not usually a fan of sugar cookies, but these were AMAZING! I was looking for a sugar cookie recipe that didn't call for pure butter (since I didn't have any on hand) & these exceeded my expectations. I made them for a daycare party to decorate, but I discovered they didn't even need the icing! I'm making them again less than 2 days later for a 4th of July Party & not icing them this time. Thx for my new Go-To Sugar cookie recipe!
My husband and I both loved these simple cookies. If your in the mood for something simple and not too sweet this recipe is perfect. I couldn't keep my hands off of these. They go great with coffee or tea! Thanks!
Made these in about 20 mins. First sugar cookies I&#039;ve ever made from scratch. They are so easy and taste great! I like that they are soft like a cake batter. Also I thought they were plenty sweet! I followed directions exactly.
I made these cookies for Mother's Day, I tried one, and they kinda taste like biscuits, but after adding some frosting in the shape of a small heart, it tastes on the border line of sweet and savory, and I think my mother will love them!
These cookies were soft, delicious and easy to make. I added an extra 1/2 teaspoon vanilla and instead of 3/4 cups of sugar, i used just under one cup of sugar.
I did half a cup white sugar,half a cup of brown, did a few drops of vanilla and added maple extract. Excellent
These are the BEST! Great taste, super soft, but I did add a little extra sugar (about 1/4 C.) and a little exta flour at the end to make the sticky batter easier to work with. This will be the only Sugar Cookie recipe that I ever use.
I used whole wheat flour, and used 1 cup of sugar and 1T of vanilla. Easy to make and so yummy!!
These turned out excellent. They were nice and soft as advertised. The best part for me was that I could make them with the ingredients on hand which made me try this recipe. These will definitely be made again.
These cookies were not that great. I followed others' suggestions and increased the sugar to 1 cup and added more vanilla extract. The batter was extremely gooey and spread as soon as it hit the cookie sheet- I thought it was over at that point, but they came out of the oven in a fairly nice shape. Then I noticed this unappealing aroma... the smell of baking powder in the cookies that had just come out. The taste isn't great, they're very cakey and not chewy. I won't be making them again. Oh well, it was worth a shot.
Yummy!! This is a great recipe for soft sugar cookies. I frosted mine and decorated them and they were beautiful. Thank you for sharing this recipe.
I, too used 1 c. sugar and 1 T. vanilla but I thought these cookies had a "funny" taste. They would be great for a quick last minute batch of cookies, but otherwise I would not make again.
Wonderful soft cookie...Similiar to a lofthouse cookie. Texture is soft and holds together well, and the next day they arent all dried up and hard either.I would like to add to my original review, that I have made these several times. The last time I added sprinkles in the batter, I also bought white frosting and added pink food coloring to half of the frosting and blue food coloring to the other half, I put the frosting into little snack bags and nipped of a the edge to make a pastry bag out of them. I topped each cookie with frosting, in which I just frosted lightly in a circular motion, then I topped each one with sprinkles..I couldnt believe I made these cookies! They looked so professional, and of course they always go over well with the kiddies.
So good I will makw it at every family gathering
Very good we added 1 cup of sugar and 1 tbs vanilla 2 tbs of cocoa and 1/2 cup of coconut and 2 splashes of toasted marshmallow syrup delicious
I&#039;ve been hunting for a soft sugar cookie recipe, and this is it! I made half a recipe to test it, scooped them with a 1 TB. scooper, and got 2 dozen cookies. I pressed them lightly with my fingers because I wanted them to stay thick and soft. I used part coconut oil and part canola oil, and used 1/2 cup sugar for the half-recipe. I also increased the vanilla as recommended in some reviews. Some I topped with plain sugar and some with cinnamon sugar, and both were good. They have a mild not-too-sweet flavor, and would be good with a lemon or vanilla glaze. In my oven they were done in 7 minutes.
I made these cookies this past sunday and they were great! Store bought cookie mixex are not the exact amount of servings that the say they make. I accidently added to much flour and they turned in to cookie cakes but they were still great!!!
These are fantastic, so easy, and quick! I have made them several times. I have stored them for up to 2 weeks and they are still soft. You can even add sprinkles on top before they bake to give them some color. I have also done colored sugar.
these were very good! I was wanting something sweet and decided to make these. I ran into a small problem when I was adding ingredients however. When I went and got my flour I realized I had considerably less than I thought. I had only 1 1/2 cups. I did not have any thing else....so looking around my cupboards I spotted pancake mix. I added 1/2 cup of that to it and because the mix has baking powder already I added only 1 tsp of baking powder. They still turned out wonderfully...I had to wrap the plate up tighter than Fort Knox to prevent me from constantly grabbing one when I walked by.......It didn't help!
Easy, soft tender cookies. I had no problems with this recipe whatsoever and my husband and I actually found them sweet. I was skeptical reading the other reviews as others had posted it was not sweet, but pleasantly surprised! Thanks for a great recipe!
I am very pleased with these cookies. I got the sweet tooth syndrome and needed something. So I was out of butter but had flour, sugar, and a little oil and wiped these up and was very impressed. Good for a no butter type of cookies!
Horrible I spit them all over the kitchen and I bake cookies a lot what a waste
Offle didnt work one bit they were all crumbly and horrible I recommend you dont try these!!!
These were just ok for us. They did stay soft but they lacked in flavor. I may put some lemon in them if I make these again. Something to add a little flavor.
these cookies are so yummy easiest softest cookie and so flavorful they fall apart easy so i suggest you eat them away from table ...yummy
Perfect! I followed the recipe exactly and they came out just wonderful! I'll be making this again and again! For the sugar on top I used Colored Sugar recipe #79278
